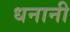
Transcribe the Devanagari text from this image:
धनानी